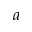
a